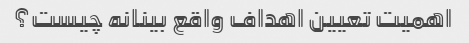
اهمیت تعیین اهداف واقع بینانه چیست؟